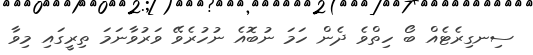
ސިނގިރެޓެއް ބޯ ހިތްވެ ދެން ހަމަ ނުބޮއެ ނުހުރެވޭ ވަރުވާނަމަ ތިރީގައި މިވާ